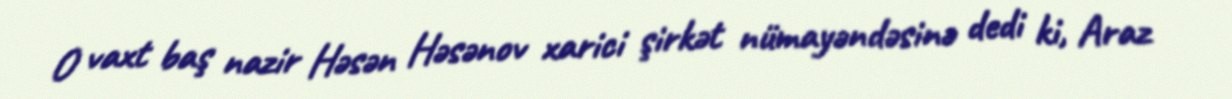
O vaxt baş nazir Həsən Həsənov xarici şirkət nümayəndəsinə dedi ki, Araz